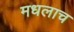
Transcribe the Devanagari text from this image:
मधलाच